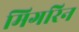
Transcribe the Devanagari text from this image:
मिगरिन